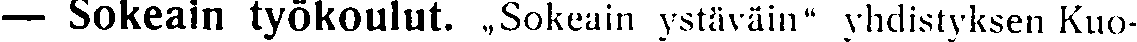
— Sokeain työkoulut. ,,Sokeain ystäväin'' yhdistyksen Kuo-